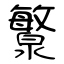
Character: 瀪